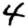
Digit: 4